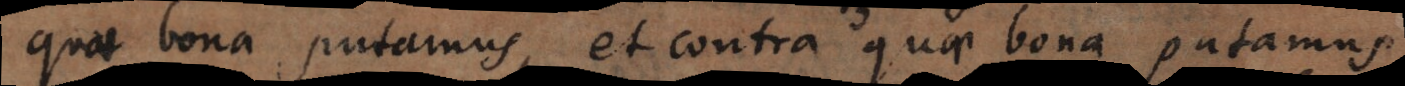
quae bona putamus, et contra quae bona putamus,